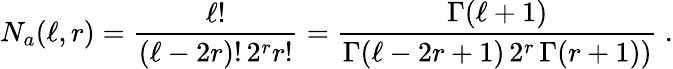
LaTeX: N_{a}(\ell,r)=\frac{\ell!}{(\ell-2r)!\, 2^{r}r!}=\frac{\Gamma(\ell+1)}{\Gamma(\ell-2r+1)\, 2^{r}\, \Gamma(r+1))}\ .